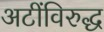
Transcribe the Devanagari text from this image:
अटींविरुद्ध